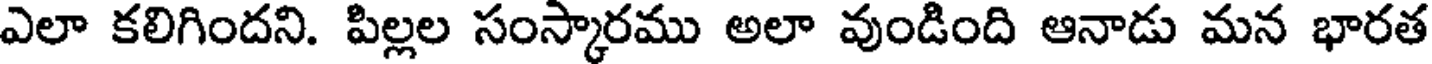
ఎలా కలిగిందని. పిల్లల సంస్కారము అలా వుండింది ఆనాడు మన భారత